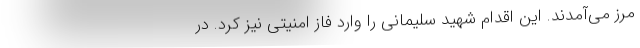
مرز می‌آمدند. این اقدام شهید سلیمانی را وارد فاز امنیتی نیز کرد. در